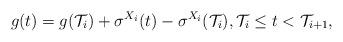
LaTeX: \begin{align*}g(t) = g(\mathcal{T}_i)+\sigma^{X_i}(t)-\sigma^{X_i}(\mathcal{T}_i), \mathcal{T}_i \leq t < \mathcal{T}_{i+1},\end{align*}